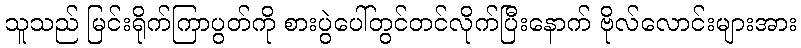
သူသည် မြင်းရိုက်ကြာပွတ်ကို စားပွဲပေါ်တွင်တင်လိုက်ပြီးနောက် ဗိုလ်လောင်းများအား